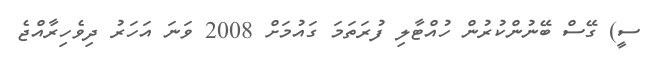
ސީ) ގޭސް ބޭނުންކުރުން ހުއްޓާލި ފުރަތަމަ ގައުމަށް 2008 ވަނަ އަހަރު ދިވެހިރާއްޖެ